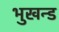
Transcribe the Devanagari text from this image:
भुखन्ड